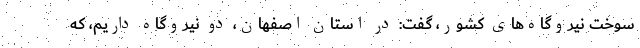
سوخت نیروگاه‌های کشور، گفت: در استان اصفهان، دو نیروگاه داریم، که